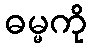
ဓမ္မကို